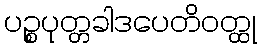
ပဉ္စပုတ္တခါဒပေတိဝတ္ထု